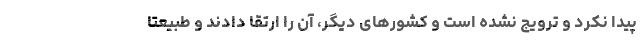
پیدا نکرد و ترویج نشده است و کشورهای دیگر، آن را ارتقا دادند و طبیعتاً